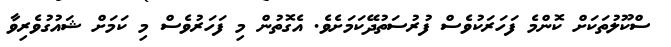
ސްކޫލުތަކަށް ކޮންމެ ފަހަރަކުވެސް ފުރުސަތުދޭކަމަށެވެ. އެގޮތުން މި ފަހަރުވެސް މި ކަމަށް ޝައުގުވެރިވާ